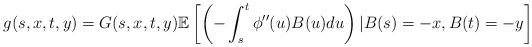
LaTeX: \begin{align*}g(s,x,t,y)=G(s,x,t,y)\mathbb{E}\left[\left(-\int_{s}^{t} \phi''(u)B(u)du \right) \vert B(s)=-x,B(t)=-y\right]\end{align*}